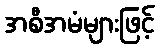
အစီအမံများဖြင့်